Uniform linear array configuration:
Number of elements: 64
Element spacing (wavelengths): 1
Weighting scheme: hann
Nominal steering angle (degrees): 0
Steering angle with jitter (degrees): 1.277
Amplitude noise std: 0.05
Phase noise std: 0.05

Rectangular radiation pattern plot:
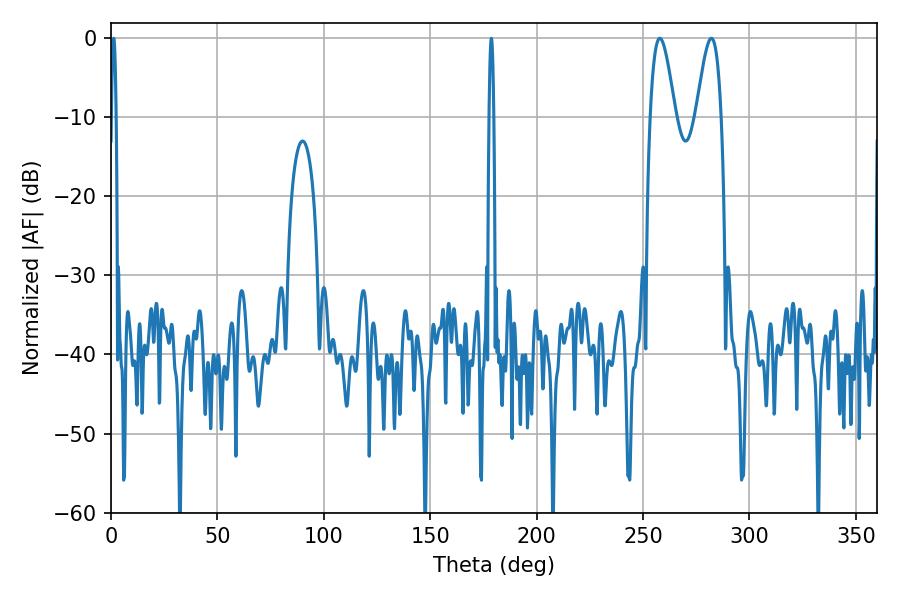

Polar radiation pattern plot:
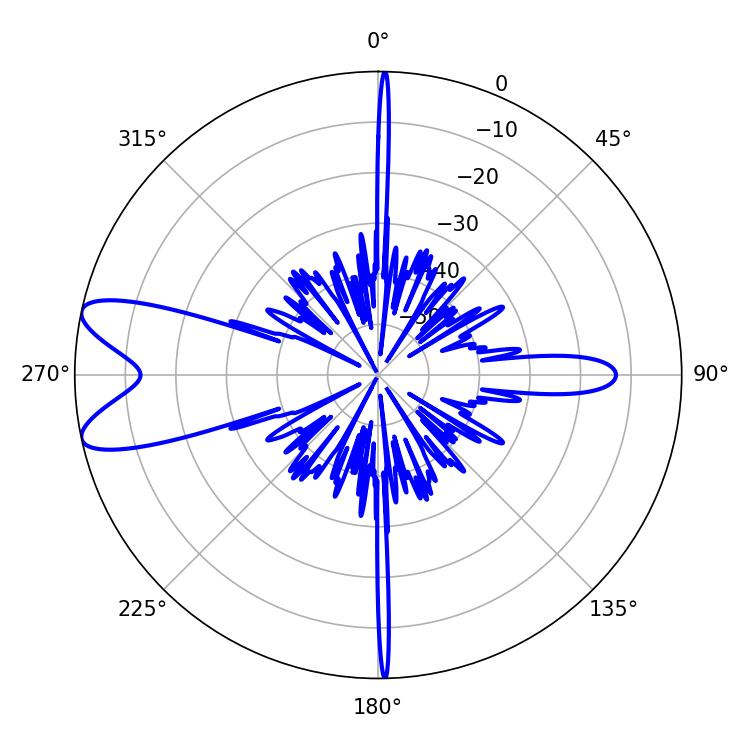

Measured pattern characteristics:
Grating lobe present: TRUE
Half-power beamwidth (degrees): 6.3
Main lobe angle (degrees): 282.06